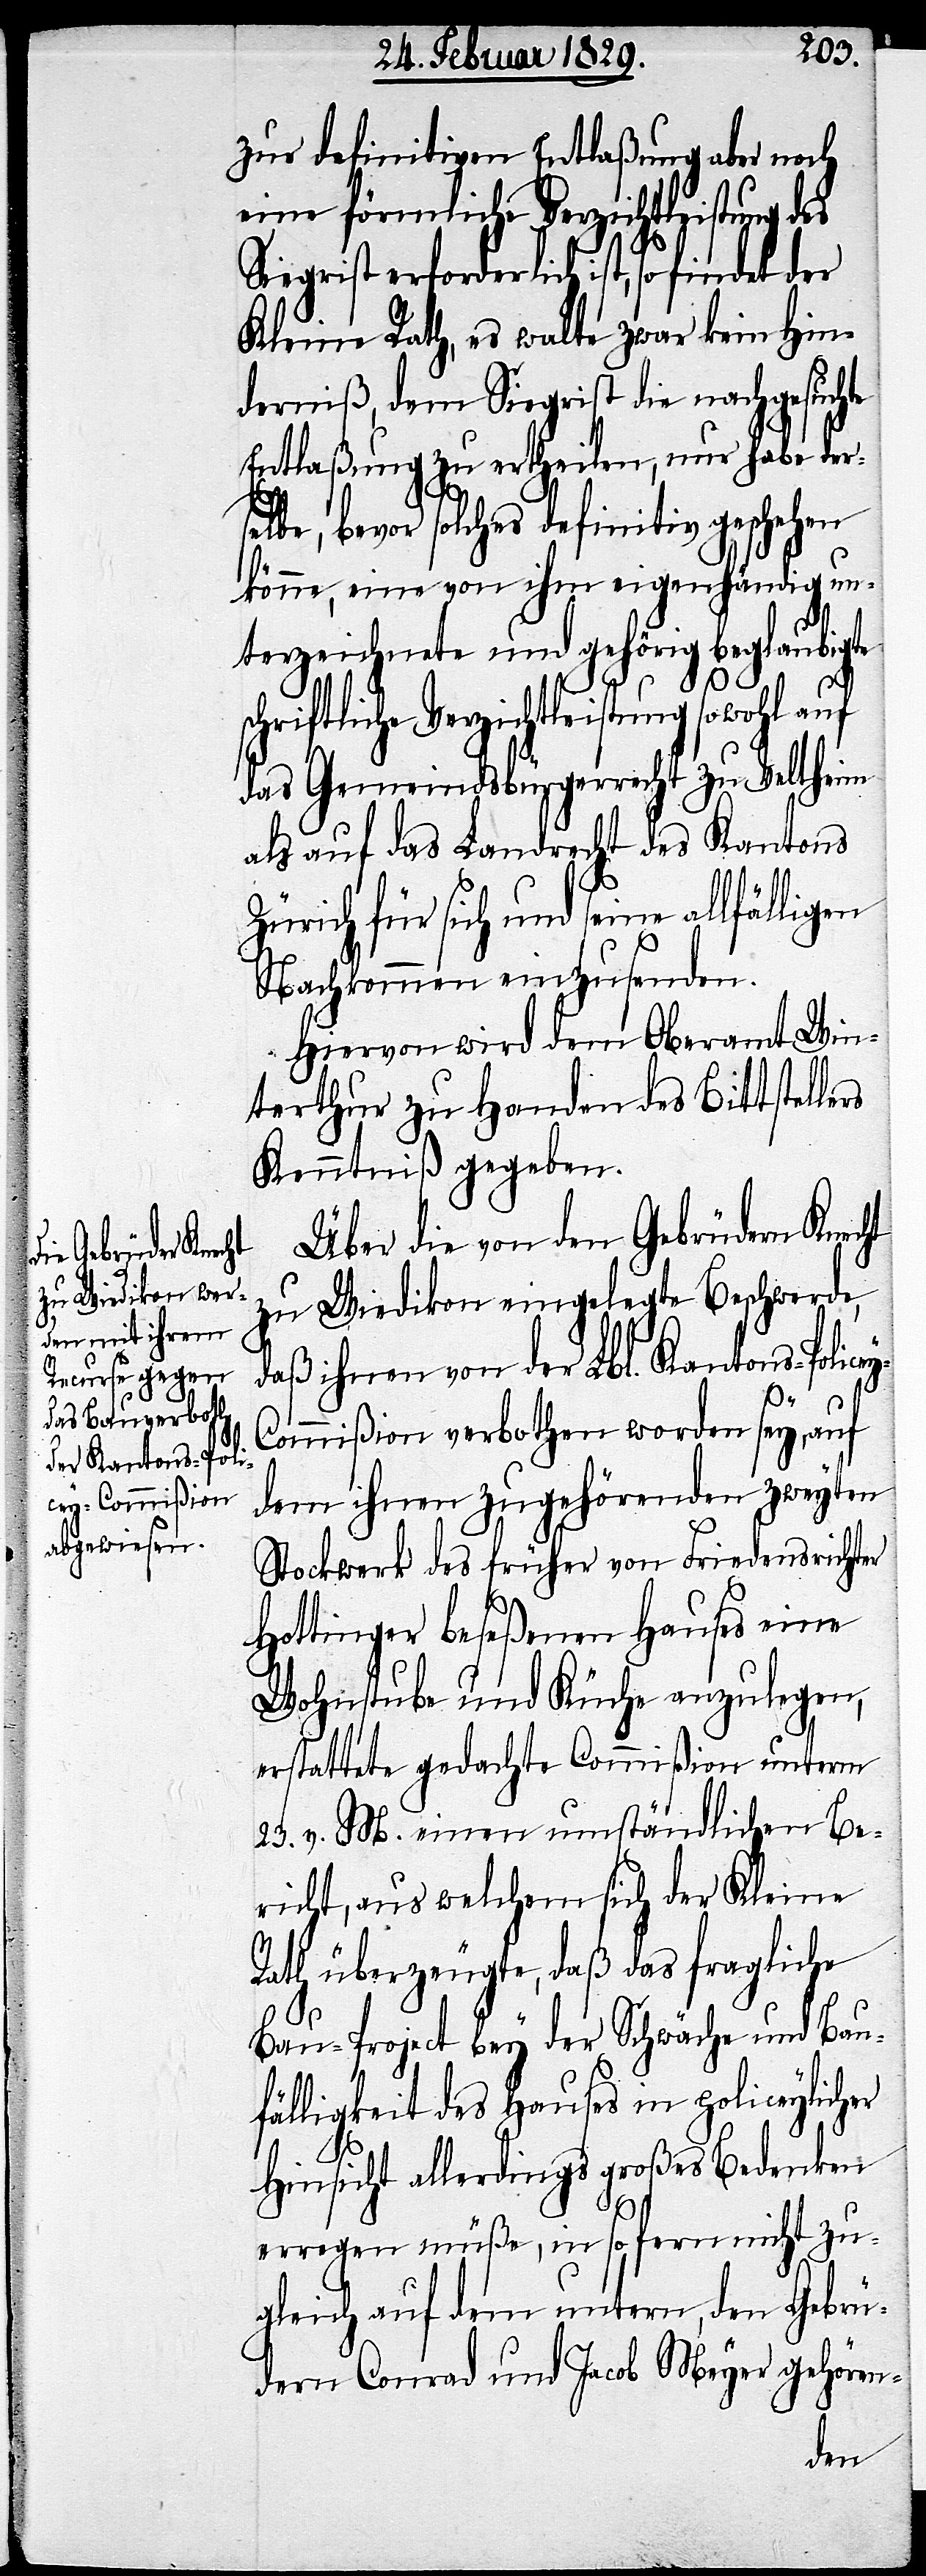
zur definitiven Entlaßung aber noch
eine förmliche Verzichtleistung des
Siegrist erforderlich ist, so findet der
Kleine Rath, es walte zwar kein Hin¬
derniß, dem Siegrist die nachgesuchte
Entlaßung zu ertheilen, nur habe der¬
selbe, bevor solches definitiv geschehen
könne, eine von ihm eigenhändig un¬
terzeichnete und gehörig beglaubigte
Verzichtleistung sowohl auf
das Gemeindsbürgerrecht zu Veltheim
als auf das Landrecht des Kantons
Zürich für sich und seine allfälligen
Nachkommen einzusenden.
Hiervon wird dem Oberamt Win¬
terthur zu Handen des Bittstelle¬
Kenntniß gegeben.
Über die von den Gebrüdern Knecht
zu Wiedikon eingelegte Beschwerde,
daß ihnen von der Lbl. Kantons-Police¬
y-C¬
ommißion verbothen worden sey, auf
dem ihnen zugehörenden zweyten
Stockwerk des früher von Friedensrichter
Hottinger beseßenen Hauses eine
Wohnstube und Küche anzulegen,
erstattete gedachte Commißion unterm
23. v. M. einen umständlichen Be¬
richt, aus welchem sich der Kleine
Rath überzeugte, daß das fragliche
Bau-Project bey der Schwäche und Bau¬
fälligkeit des Hauses in policeylicher
Hinsicht allerdings großes Bedenken
erregen müße, in so fern nicht zu¬
gleich auf dem untern, den Gebrü¬
dern Conrad und Jacob Meyer gehören-